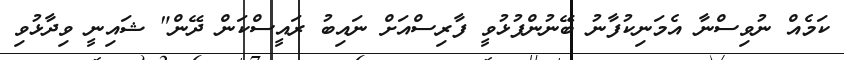
ކަމެއް ނުވިސްނާ އެމަނިކުފާނު ބޭނުންފުޅުވީ ފާރިސްއަށް ނައިބު ރައީސްކަން ދޭން" ޝައިނީ ވިދާޅުވި